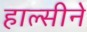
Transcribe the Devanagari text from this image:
हाल्सीने